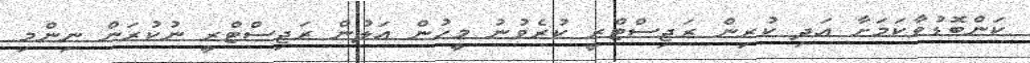
ކަންބޮޑުވާކަމަށާ އަދި ކުރިން ރަޖިސްޓްރީ ކުރެވުނު މީހުން އަލުން ރަޖިސްޓްރީ ނުކުރަން ނިންމި